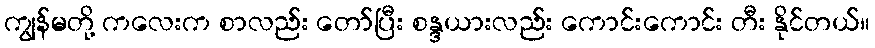
ကျွန်မတို့ ကလေးက စာလည်း တော်ပြီး စန္ဒယားလည်း ကောင်းကောင်း တီး နိုင်တယ်။